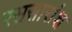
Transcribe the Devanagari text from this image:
रससारांश